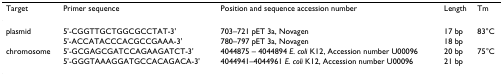
<table><thead><tr><td><b>Target</b></td><td><b>Primer sequence</b></td><td><b>Position and sequence accession number</b></td><td><b>Length</b></td><td><b>Tm</b></td></tr></thead><tbody><tr><td>plasmid</td><td>5&#x27;-CGGTTGCTGGCGCCTAT-3&#x27;</td><td>703–721 pET 3a, Novagen</td><td>17 bp</td><td>83°C</td></tr><tr><td></td><td>5&#x27;-ACCATACCCACGCCGAAA-3&#x27;</td><td>780–797 pET 3a, Novagen</td><td>18 bp</td><td></td></tr><tr><td>chromosome</td><td>5&#x27;-GCGAGCGATCCAGAAGATCT-3&#x27;</td><td>4044875 – 4044894 <i>E. coli </i>K12, Accession number U00096</td><td>20 bp</td><td>75°C</td></tr><tr><td></td><td>5&#x27;-GGGTAAAGGATGCCACAGACA-3&#x27;</td><td>4044941–4044961 <i>E. coli </i>K12, Accession number U00096</td><td>21 bp</td><td></td></tr></tbody></table>